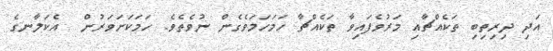
އަދި ދިރިތިބި ތަކެއްޗާއި މަރުވެފައިވާ ތަކެއްޗާ ހަމަހަމަވެގެން ނުވެތެވެ. ހަމަކަށަވަރުން  އެކަލާނގެ